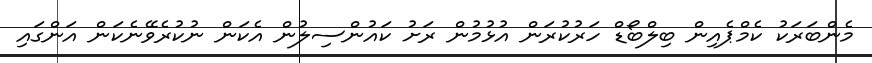
މެންބަރަކު ކެމްޕެއިން ބިލްބޯޑް ހަރުކުރަން އުޅުމުން ރަށު ކައުންސިލުން އެކަން ނުކުރެވޭނެކަން އަންގައި